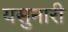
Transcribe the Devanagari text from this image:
यसुनारी